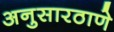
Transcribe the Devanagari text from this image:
अनुसारठाणे